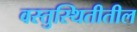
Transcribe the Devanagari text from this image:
वस्तुस्थितीतील